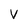
Character: V